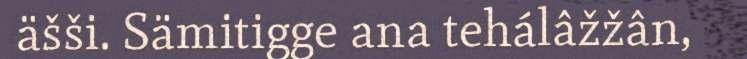
äšši. Sämitigge ana tehálâžžân,